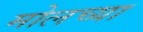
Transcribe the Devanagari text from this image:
मोलच्या